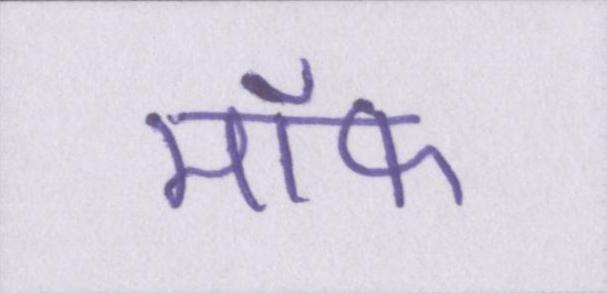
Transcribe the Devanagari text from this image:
मॉफ